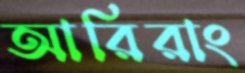
আরিরাং